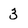
Character: 3